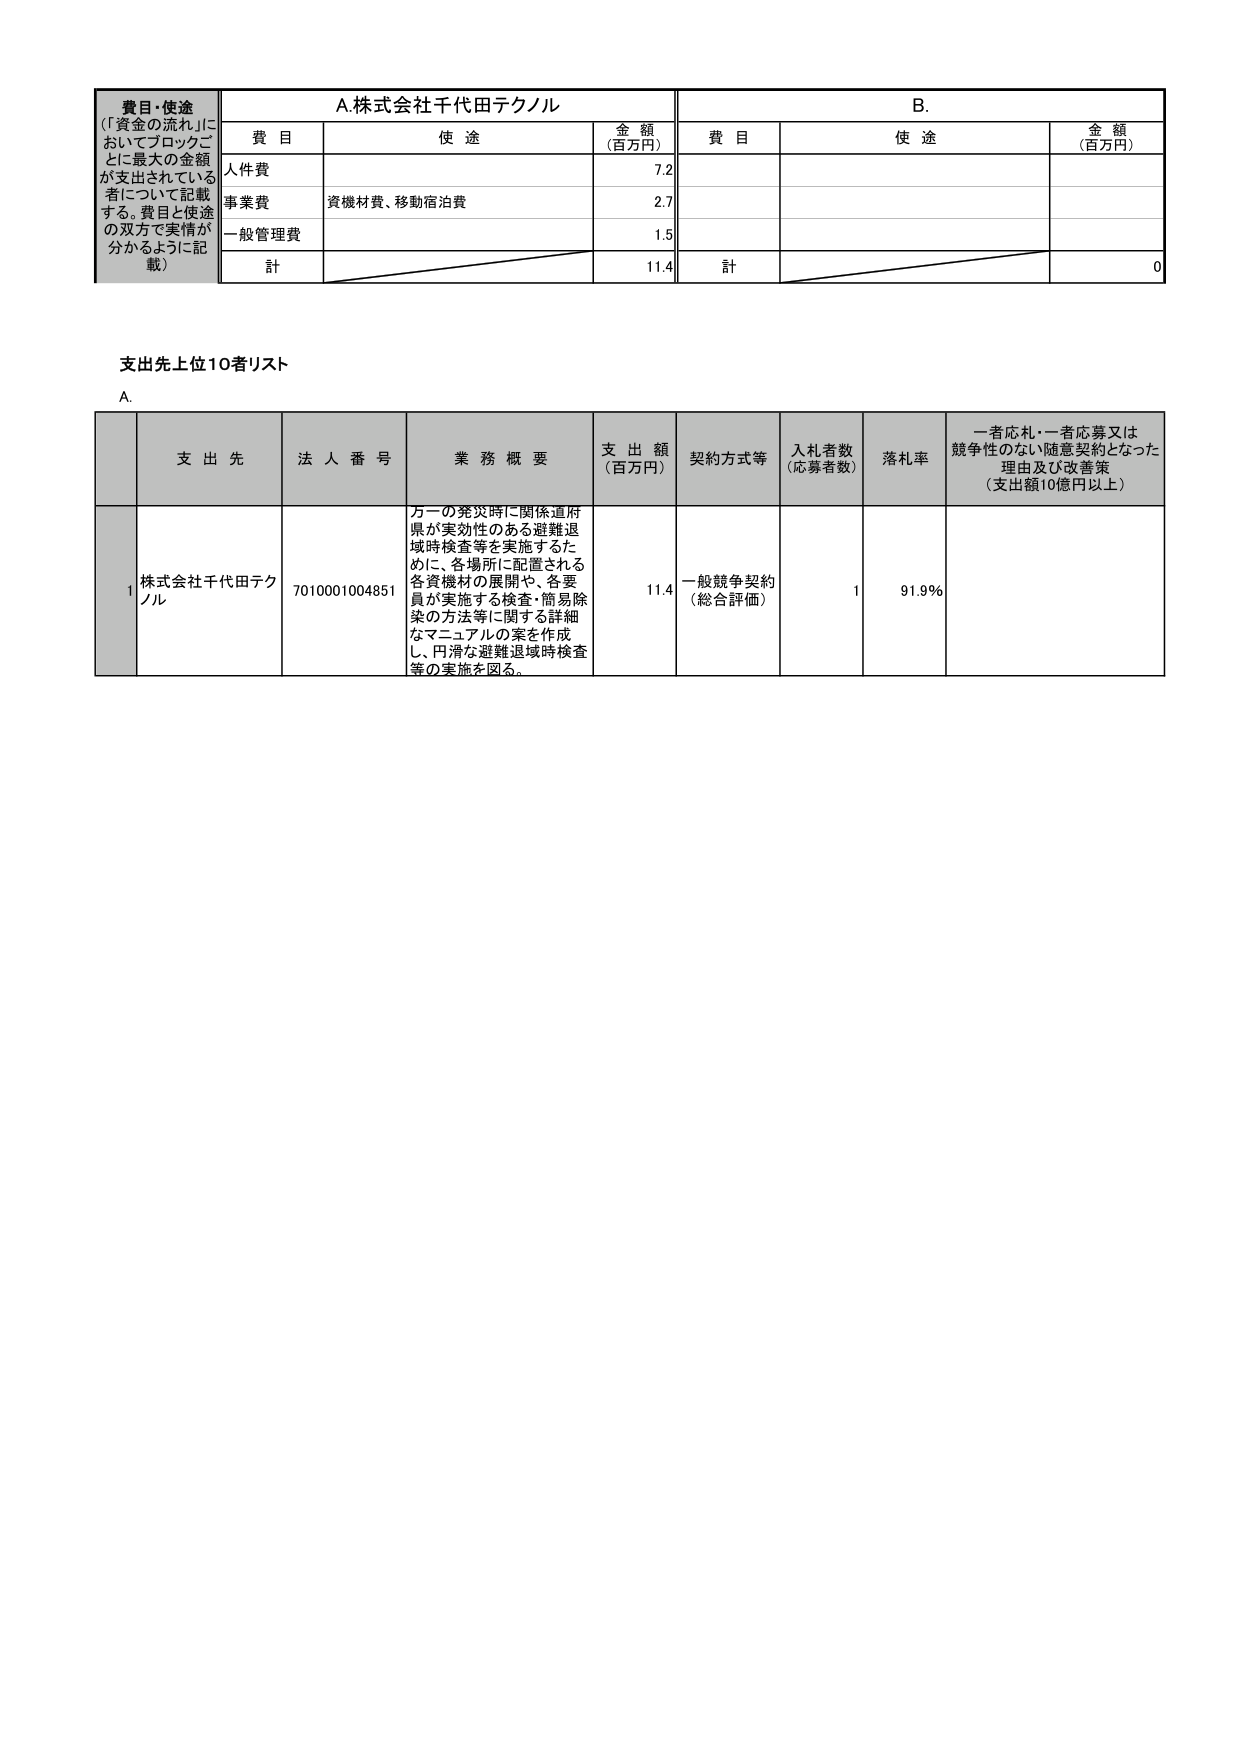
費目・使途
（「資金の流れ」においてブロックごとに最大の金額が支出されている者について記載する。費目と使途の双方で実情が分かるように記載）

A. 株式会社千代田テクノル

| 費目 | 使途 | 金額（百万円） |
|------|------|----------------|
| 人件費 | | 7.2 |
| 事業費 | 資機材費、移動宿泊費 | 2.7 |
| 一般管理費 | | 1.5 |
| 計 | | 11.4 |

B.

| 費目 | 使途 | 金額（百万円） |
|------|------|----------------|
| | | |
| | | |
| | | |
| 計 | | 0 |

支出先上位10者リスト

A.

| | 支出先 | 法人番号 | 業務概要 | 支出額（百万円） | 契約方式等 | 入札者数（応募者数） | 落札率 | 一者応札・一者応募又は競争性のない随意契約となった理由及び改善策（支出額10億円以上） |
|---|---|---|---|---|---|---|---|---|
| 1 | 株式会社千代田テクノル | 7010001004851 | 万一の発災時に関係道府県が実効性のある避難退域時検査等を実施するために、各場所に配置される各資機材の展開や、各要員が実施する検査・簡易除染の方法等に関する詳細なマニュアルの案を作成し、円滑な避難退域時検査等の実施を図る。 | 11.4 | 一般競争契約（総合評価） | 1 | 91.9% | |